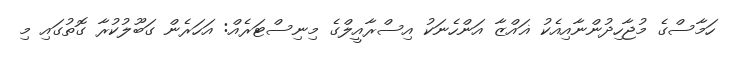
ހަމާސްގެ މުޖާހިދުންނާއިއެކު ޣައްޒާ އަންހެނަކު އިސްރާއީލްގެ މިނިސްޓަރެއް: އަހަރެން ގަބޫލުކުރާ ގޮތުގައި މި